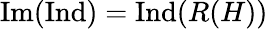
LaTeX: {\mathrm{Im}}({\mathrm{Ind}})={\mathrm{Ind}}(R(H))